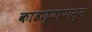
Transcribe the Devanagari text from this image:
काढण्यापासून